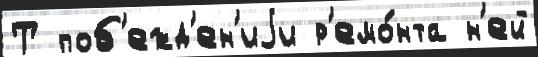
Т поб'ежд'ен'иjи р'емо́нта н'ей